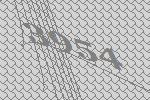
3954